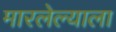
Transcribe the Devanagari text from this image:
मारलेल्‍याला